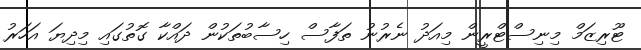
ޓޫރިޒަމް މިނިސްޓްރީން މިއަދު ނެރުނު ތަފާސް ހިސާބުތަކުން ދައްކާ ގޮތުގައި މިދިޔަ އަހަރު